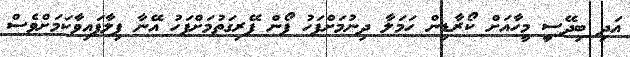
އަދި ބިދޭސީ މީހާއަށް ކޯރާޑިން ހަމަލާ ދިނުމަށްފަހު ފޯން ފޭރިގަތުމަށްފަހު އޭނާ ފިލާފައިވާކަމަށްވެސް